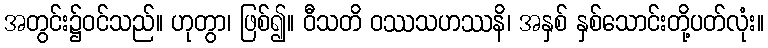
အတွင်း၌ဝင်သည်။ ဟုတွာ၊ ဖြစ်၍။ ဝီသတိ ဝဿသဟဿနိ၊ အနှစ် နှစ်သောင်းတို့ပတ်လုံး။